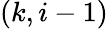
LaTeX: (k,i-1)